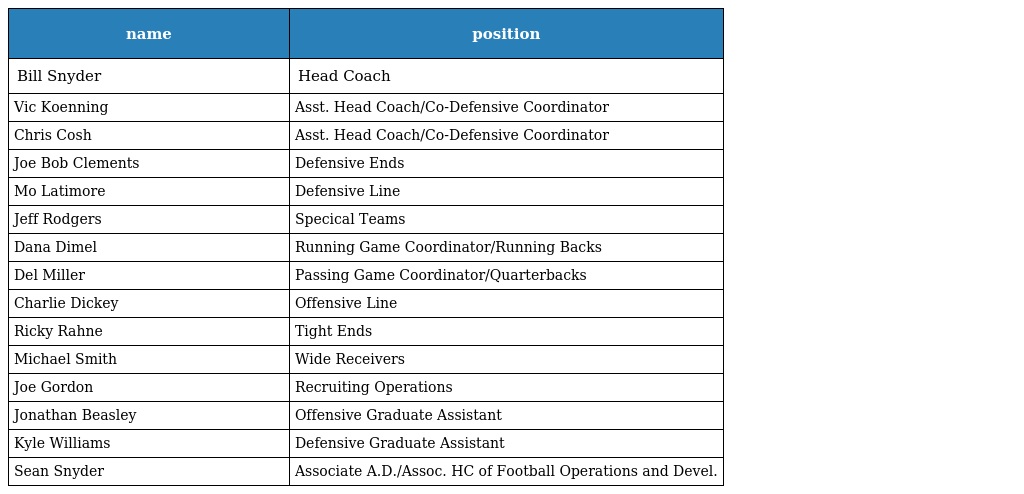
| name | position |
 | --- | --- |
 | Bill Snyder | Head Coach |
 | Vic Koenning | Asst. Head Coach/Co-Defensive Coordinator |
 | Chris Cosh | Asst. Head Coach/Co-Defensive Coordinator |
 | Joe Bob Clements | Defensive Ends |
 | Mo Latimore | Defensive Line |
 | Jeff Rodgers | Specical Teams |
 | Dana Dimel | Running Game Coordinator/Running Backs |
 | Del Miller | Passing Game Coordinator/Quarterbacks |
 | Charlie Dickey | Offensive Line |
 | Ricky Rahne | Tight Ends |
 | Michael Smith | Wide Receivers |
 | Joe Gordon | Recruiting Operations |
 | Jonathan Beasley | Offensive Graduate Assistant |
 | Kyle Williams | Defensive Graduate Assistant |
 | Sean Snyder | Associate A.D./Assoc. HC of Football Operations and Devel. |